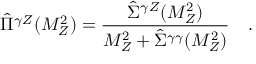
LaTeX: \hat { \Pi } ^ { \gamma Z } ( M _ { Z } ^ { 2 } ) = \frac { \hat { \Sigma } ^ { \gamma Z } ( M _ { Z } ^ { 2 } ) } { M _ { Z } ^ { 2 } + \hat { \Sigma } ^ { \gamma \gamma } ( M _ { Z } ^ { 2 } ) } \quad .